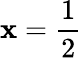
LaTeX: \mathbf{x}={\frac{{1}}{{2}}}